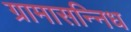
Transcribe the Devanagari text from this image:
ग्रामासन्निध